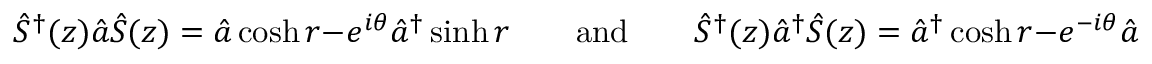
{ \hat { S } } ^ { \dagger } ( z ) { \hat { a } } { \hat { S } } ( z ) = { \hat { a } } \cosh r - e ^ { i \theta } { \hat { a } } ^ { \dagger } \sinh r \qquad { \mathrm { a n d } } \qquad { \hat { S } } ^ { \dagger } ( z ) { \hat { a } } ^ { \dagger } { \hat { S } } ( z ) = { \hat { a } } ^ { \dagger } \cosh r - e ^ { - i \theta } { \hat { a } } \sinh r